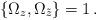
LaTeX: \begin{align*}{ \{ \Omega_z , \Omega_{\tilde z} \} } = 1 \,.\end{align*}